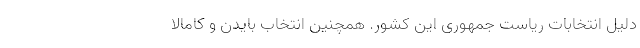
دلیل انتخابات ریاست جمهوری‌ این کشور. همچنین انتخاب بایدن و کامالا